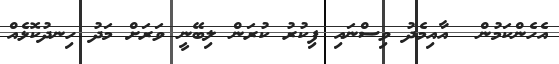
އެހެންކަމުން  އާއިމެދު ވިސްނައި ފިކުރު ކުރަން ލިބޭނީ ވަރަށް މަދު ހިނދުކޮޅެއް